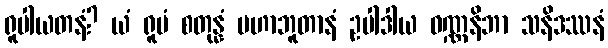
ရူပါယတနံ? ယံ ရူပံ စတုန္နံ မဟာဘူတာနံ ဥပါဒါယ ဝဏ္ဏနိဘာ သနိဒဿနံ